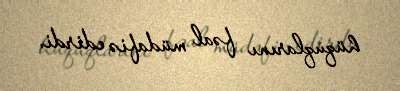
hüquqlarını fəal müdafiə edirdi.